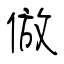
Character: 倣